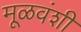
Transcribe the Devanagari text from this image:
मूळवंशी